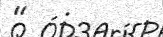
"   :